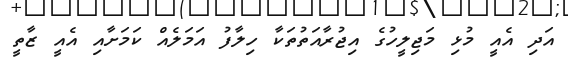
އަދި އެއީ މުޅި މަޖިލީހުގެ އިޖުރާއަތުތަކާ ހިލާފު އަމަލެއް ކަމަށާއި އެއީ ޒާތީ